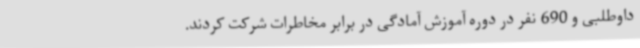
داوطلبی و 690 نفر در دوره آموزش آمادگی در برابر مخاطرات شرکت کردند.